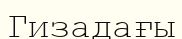
Гизадағы